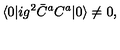
\langle 0 | i g ^ { 2 } \bar { C } ^ { a } C ^ { a } | 0 \rangle \not = 0 ,